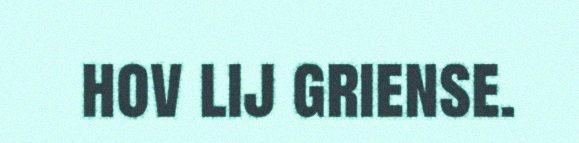
hov lij griense.